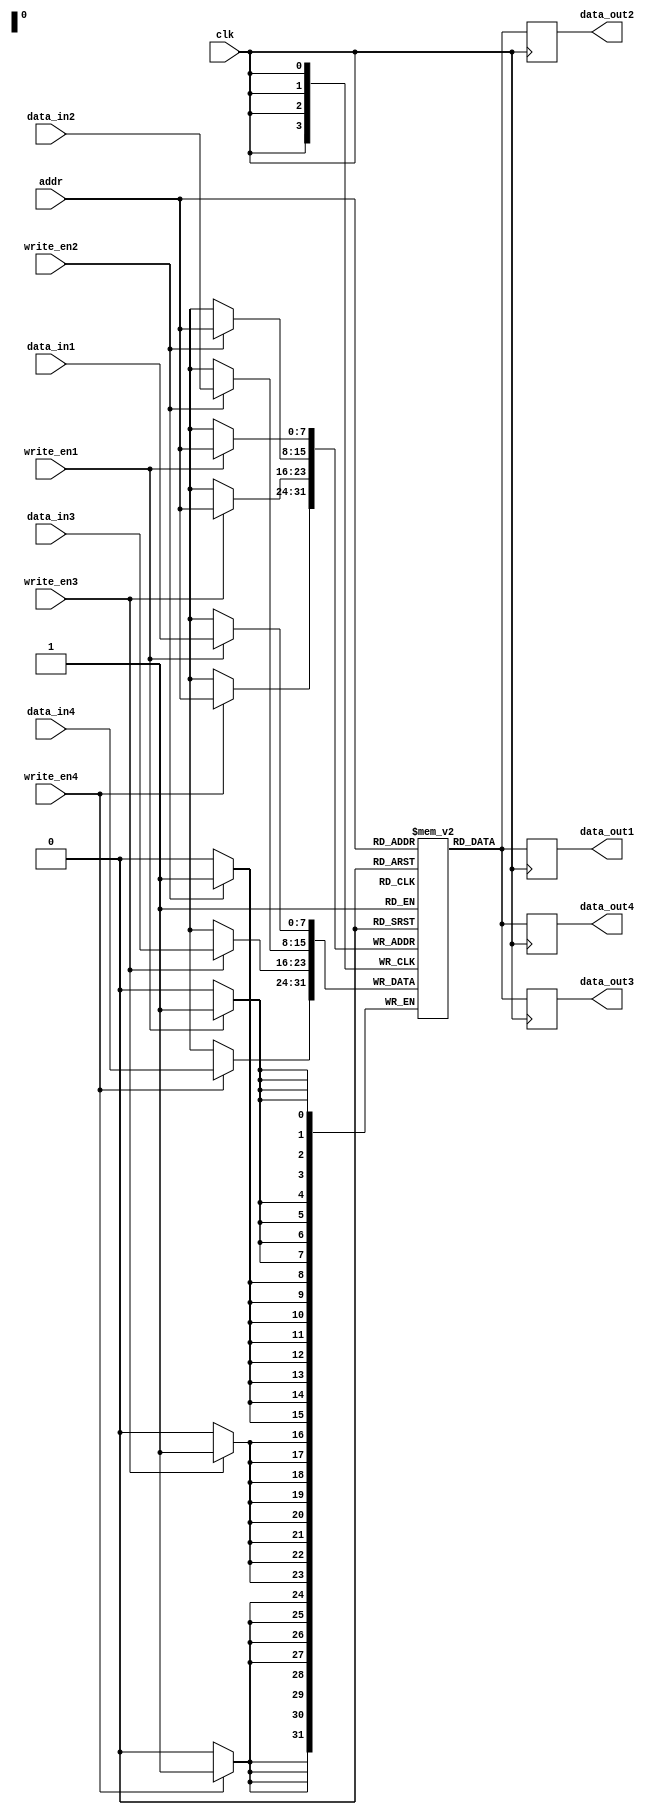
module QuadPortRegisterFile(
  input clk,
  input [7:0] addr,
  input [7:0] data_in1,
  input [7:0] data_in2,
  input [7:0] data_in3,
  input [7:0] data_in4,
  input write_en1,
  input write_en2,
  input write_en3,
  input write_en4,
  output reg [7:0] data_out1,
  output reg [7:0] data_out2,
  output reg [7:0] data_out3,
  output reg [7:0] data_out4
);

reg [7:0] registers [0:255];

always @(posedge clk) begin
  if(write_en1) registers[addr] <= data_in1;
  if(write_en2) registers[addr] <= data_in2;
  if(write_en3) registers[addr] <= data_in3;
  if(write_en4) registers[addr] <= data_in4;

  data_out1 <= registers[addr];
  data_out2 <= registers[addr];
  data_out3 <= registers[addr];
  data_out4 <= registers[addr];
end

endmodule